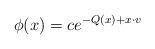
LaTeX: \begin{align*} \phi(x) = ce^{-Q(x)+x\cdot v} \end{align*}